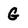
Character: G